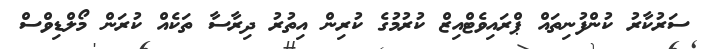
ސަރުކާރު ކުންފުނިތައް ޕްރައިވެޓްއިޒް ކުރުމުގެ ކުރިން އިތުރު ދިރާސާ ތަކެއް ކުރަން މޯލްޑިވްސް